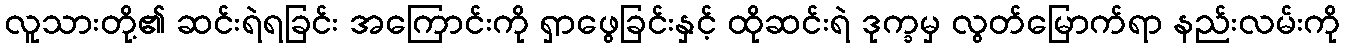
လူသားတို့၏ ဆင်းရဲရခြင်း အကြောင်းကို ရှာဖွေခြင်းနှင့် ထိုဆင်းရဲ ဒုက္ခမှ လွတ်မြောက်ရာ နည်းလမ်းကို